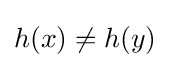
h(x)\neq h(y)